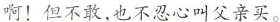
啊！但不敢，也不忍心叫父亲买。